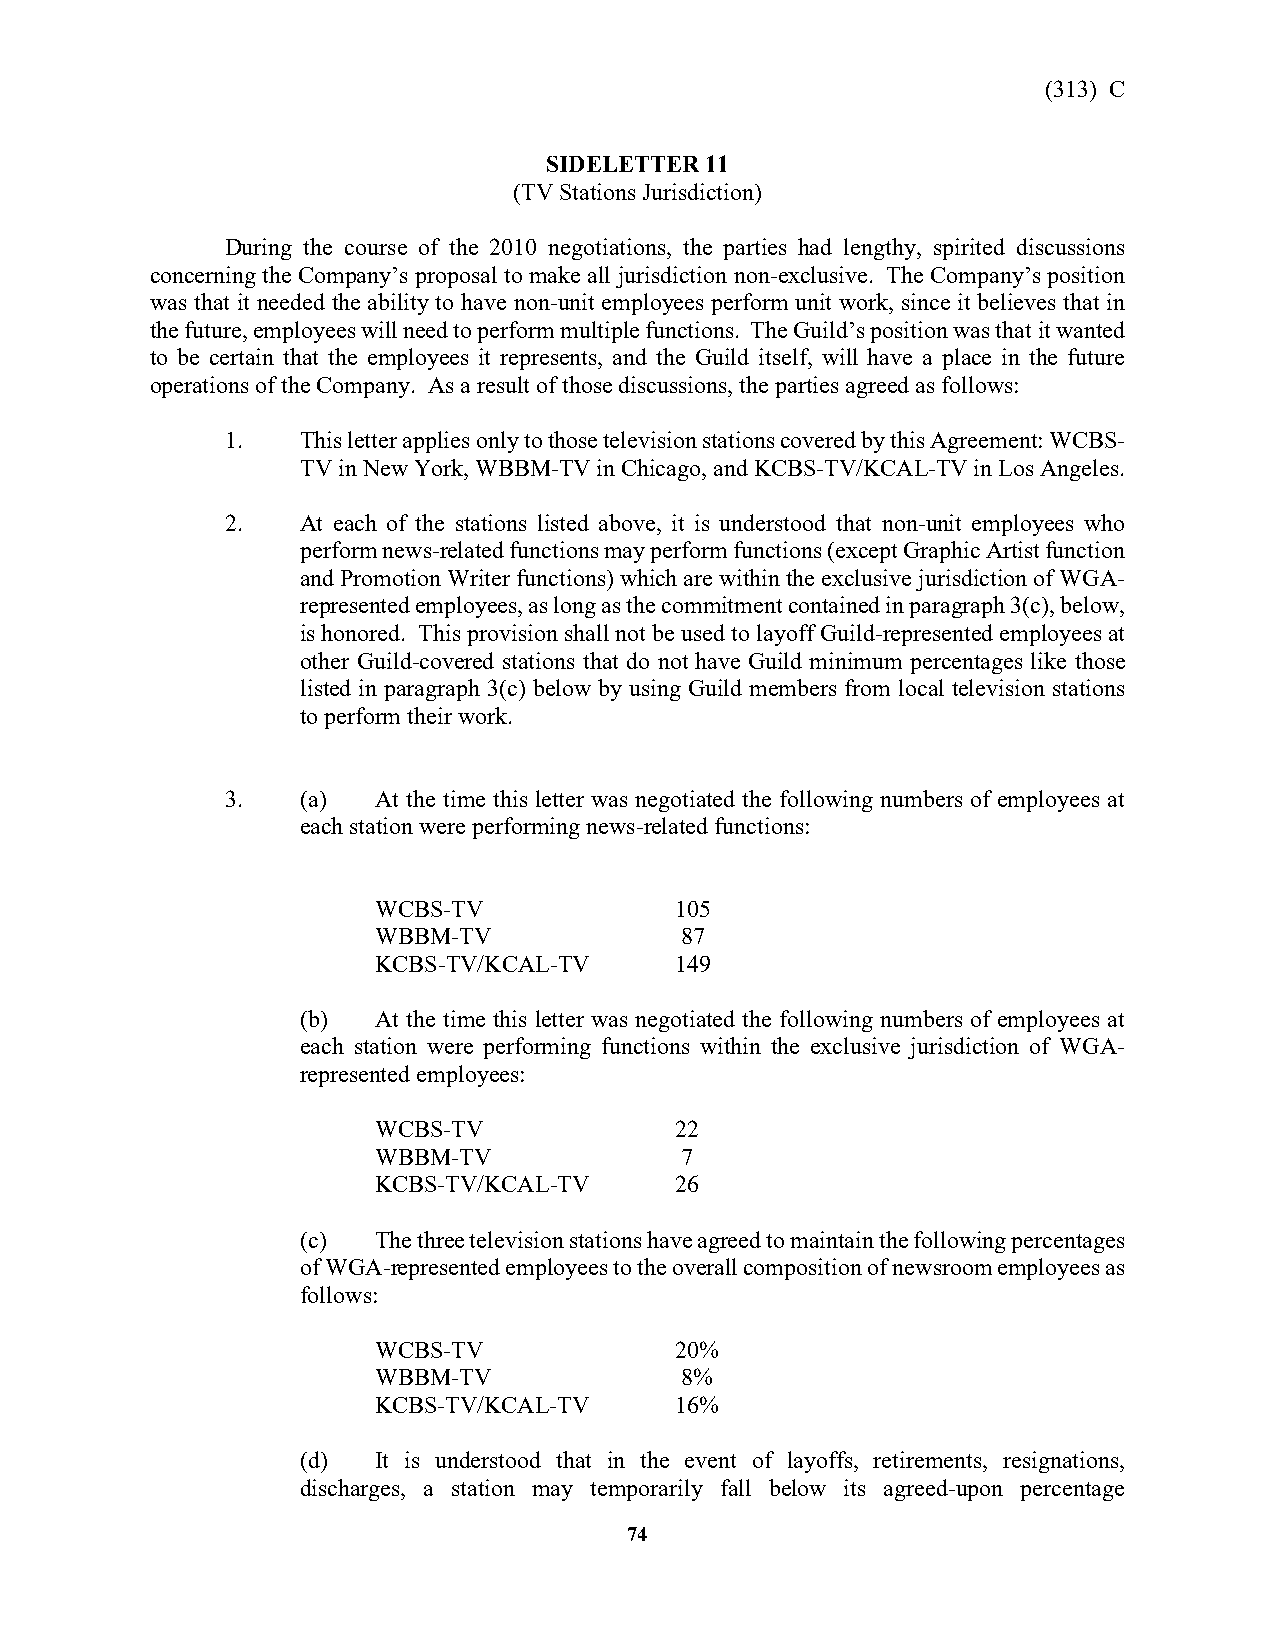
(313) C
 SIDELETTER 11
 (TV Stations Jurisdiction)
 During the course of the 2010 negotiations, the parties had lengthy, spirited discussions
 concerning the Company’s proposal to make all jurisdiction non-exclusive. The Company’s position
 was that it needed the ability to have non-unit employees perform unit work, since it believes that in
 the future, employees will need to perform multiple functions. The Guild’s position was that it wanted
 to be certain that the employees it represents, and the Guild itself, will have a place in the future
 operations of the Company. As a result of those discussions, the parties agreed as follows:
 1.   This letter applies only to those television stations covered by this Agreement: WCBS-
 TV in New York, WBBM-TV in Chicago, and KCBS-TV/KCAL-TV in Los Angeles.
 2.   At each of the stations listed above, it is understood that non-unit employees who
 perform news-related functions may perform functions (except Graphic Artist function
 and Promotion Writer functions) which are within the exclusive jurisdiction of WGA-
 represented employees, as long as the commitment contained in paragraph 3(c), below,
 is honored. This provision shall not be used to layoff Guild-represented employees at
 other Guild-covered stations that do not have Guild minimum percentages like those
 listed in paragraph 3(c) below by using Guild members from local television stations
 to perform their work.
 3.   (a)  At the time this letter was negotiated the following numbers of employees at
 each station were performing news-related functions:
 WCBS-TV             105
 WBBM-TV             87
 KCBS-TV/KCAL-TV     149
 (b)  At the time this letter was negotiated the following numbers of employees at
 each station were performing functions within the exclusive jurisdiction of WGA-
 represented employees:
 WCBS-TV             22
 WBBM-TV             7
 KCBS-TV/KCAL-TV     26
 (c)  The three television stations have agreed to maintain the following percentages
 of WGA-represented employees to the overall composition of newsroom employees as
 follows:
 WCBS-TV             20%
 WBBM-TV             8%
 KCBS-TV/KCAL-TV     16%
 (d)  It is understood that in the event of layoffs, retirements, resignations,
 discharges, a station may temporarily fall below its agreed-upon percentage
 74